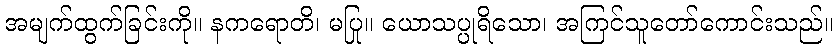
အမျက်ထွက်ခြင်းကို။ နကရောတိ၊ မပြု။ ယောသပ္ပုရိသော၊ အကြင်သူတော်ကောင်းသည်။